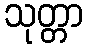
သုတ္တာ